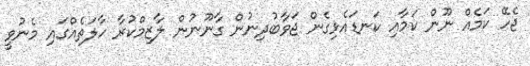
ޖެހޭ ކަމެއް ނޫން ކަމާއި ކަނޑައެޅިގެން ޖަވާބުދިނުން ގާނޫނުން ލާޒިމްކުރާ ހާލަތެއްގައި މެނުވީ